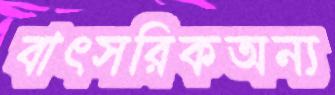
বাৎসরিকঅন্য